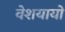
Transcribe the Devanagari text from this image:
वेशयायो